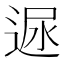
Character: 𨓪